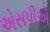
એસપીએ